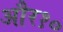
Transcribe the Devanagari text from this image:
और१०